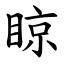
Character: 䁁